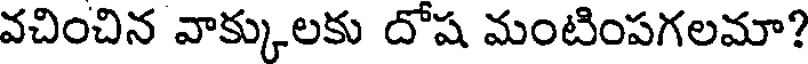
వచించిన వాక్కులకు దోష మంటింపగలమా?